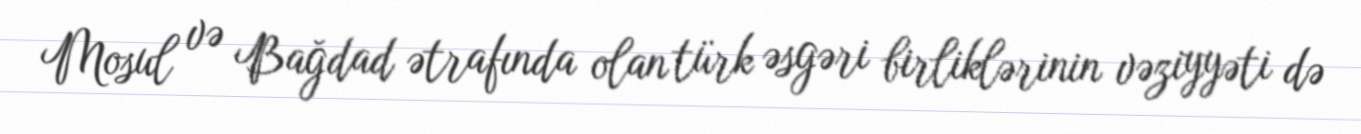
Mosul və Bağdad ətrafında olan türk əsgəri birliklərinin vəziyyəti də